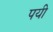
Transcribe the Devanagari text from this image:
पयी